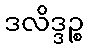
ဒလိဒ္ဒဉ္စ